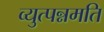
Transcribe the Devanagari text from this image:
व्युत्पन्नमति